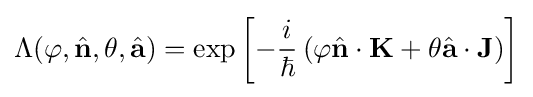
\Lambda (\varphi ,{\hat {\mathbf {n} }},\theta ,{\hat {\mathbf {a} }})=\exp \left[-{\frac {i}{\hbar }}\left(\varphi {\hat {\mathbf {n} }}\cdot \mathbf {K} +\theta {\hat {\mathbf {a} }}\cdot \mathbf {J} \right)\right]